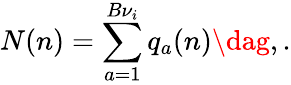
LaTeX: N(n)=\sum_{a=1}^{B{\nu}_{i}}q_{a}(n)\dag,.